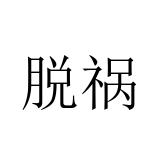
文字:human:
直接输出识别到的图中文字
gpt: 脱祸